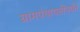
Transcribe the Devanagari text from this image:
ग्रामपंचायतींपर्यंत